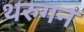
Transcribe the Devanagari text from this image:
थरुगन